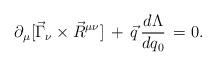
LaTeX: \begin{align*}\partial_\mu [ \vec{\Gamma}_\nu \times \vec{R}^{\mu \nu} ] \, + \, \vec{q} \, \frac{d \Lambda}{d q_0} \, = 0 .\end{align*}